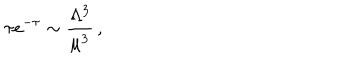
LaTeX: \tau e ^ { - \tau } \sim \frac { \Lambda ^ { 3 } } { \mu ^ { 3 } } \, ,